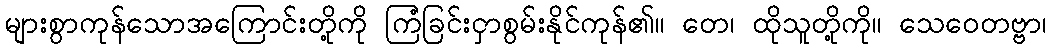
များစွာကုန်သောအကြောင်းတို့ကို ကြံခြင်းငှာစွမ်းနိုင်ကုန်၏။ တေ၊ ထိုသူတို့ကို။ သေဝေတဗ္ဗာ၊